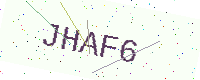
Text: JHAF6